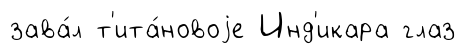
зава́л т'ита́новоjе Инд'икара глаз